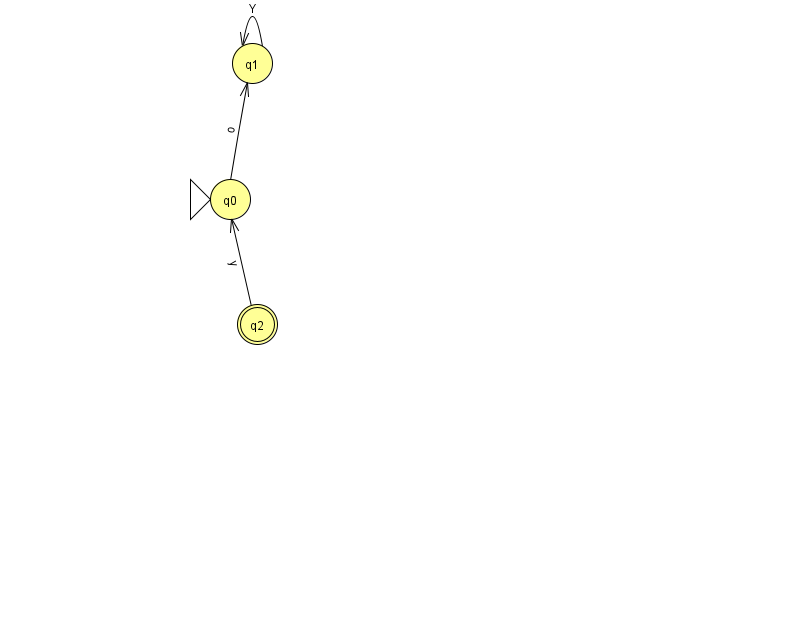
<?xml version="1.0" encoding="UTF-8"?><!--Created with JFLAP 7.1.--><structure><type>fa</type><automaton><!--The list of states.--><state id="0" name="q0"><x>230.0</x><y>186.0</y><initial/></state><state id="1" name="q1"><x>252.0</x><y>50.0</y></state><state id="2" name="q2"><x>257.0</x><y>311.0</y><final/></state><!--The list of transitions.--><transition><from>1</from><to>1</to><read>Y</read></transition><transition><from>2</from><to>0</to><read>y</read></transition><transition><from>0</from><to>1</to><read>o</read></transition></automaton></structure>